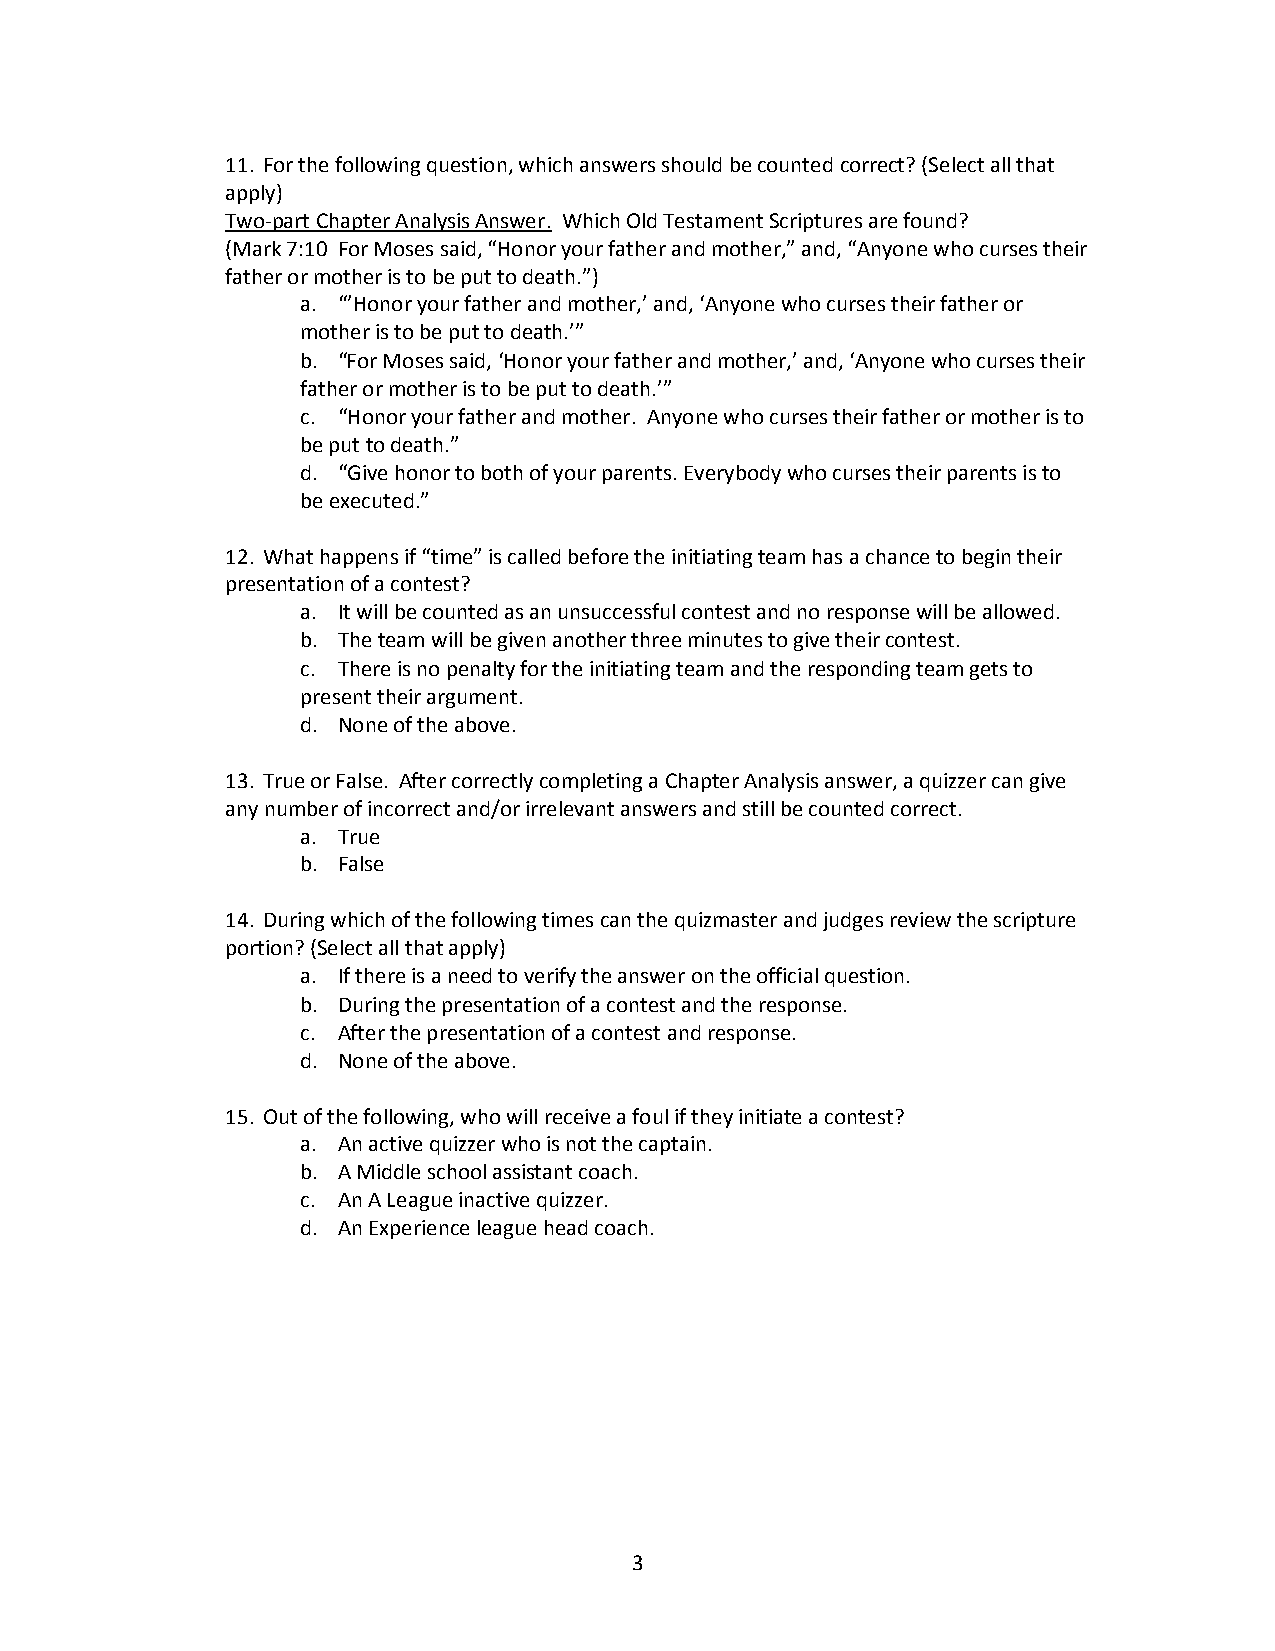
11. For the following question, which answers should be counted correct? (Select all that
 apply)
 Two-part Chapter Analysis Answer. Which Old Testament Scriptures are found?
 (Mark 7:10 For Moses said, “Honor your father and mother,” and, “Anyone who curses their
 father or mother is to be put to death.”)
 a. “’Honor your father and mother,’ and, ‘Anyone who curses their father or
 mother is to be put to death.’”
 b. “For Moses said, ‘Honor your father and mother,’ and, ‘Anyone who curses their
 father or mother is to be put to death.’”
 c. “Honor your father and mother. Anyone who curses their father or mother is to
 be put to death.”
 d. “Give honor to both of your parents. Everybody who curses their parents is to
 be executed.”
 12. What happens if “time” is called before the initiating team has a chance to begin their
 presentation of a contest?
 a. It will be counted as an unsuccessful contest and no response will be allowed.
 b. The team will be given another three minutes to give their contest.
 c. There is no penalty for the initiating team and the responding team gets to
 present their argument.
 d. None of the above.
 13. True or False. After correctly completing a Chapter Analysis answer, a quizzer can give
 any number of incorrect and/or irrelevant answers and still be counted correct.
 a. True
 b. False
 14. During which of the following times can the quizmaster and judges review the scripture
 portion? (Select all that apply)
 a. If there is a need to verify the answer on the official question.
 b. During the presentation of a contest and the response.
 c. After the presentation of a contest and response.
 d. None of the above.
 15. Out of the following, who will receive a foul if they initiate a contest?
 a. An active quizzer who is not the captain.
 b. A Middle school assistant coach.
 c. An A League inactive quizzer.
 d. An Experience league head coach.
 3